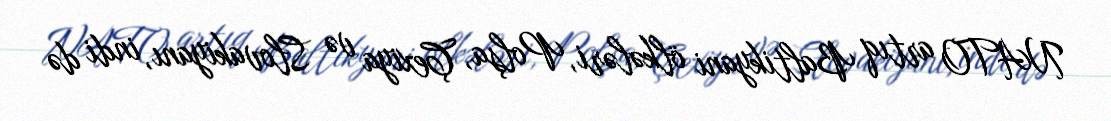
NATO artıq Baltikyani ölkələri, Polşa, Çexiya və Slovakiyanı, indi də